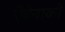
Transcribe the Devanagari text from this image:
ऐबेनाकी